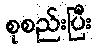
စုစည်းပြီး